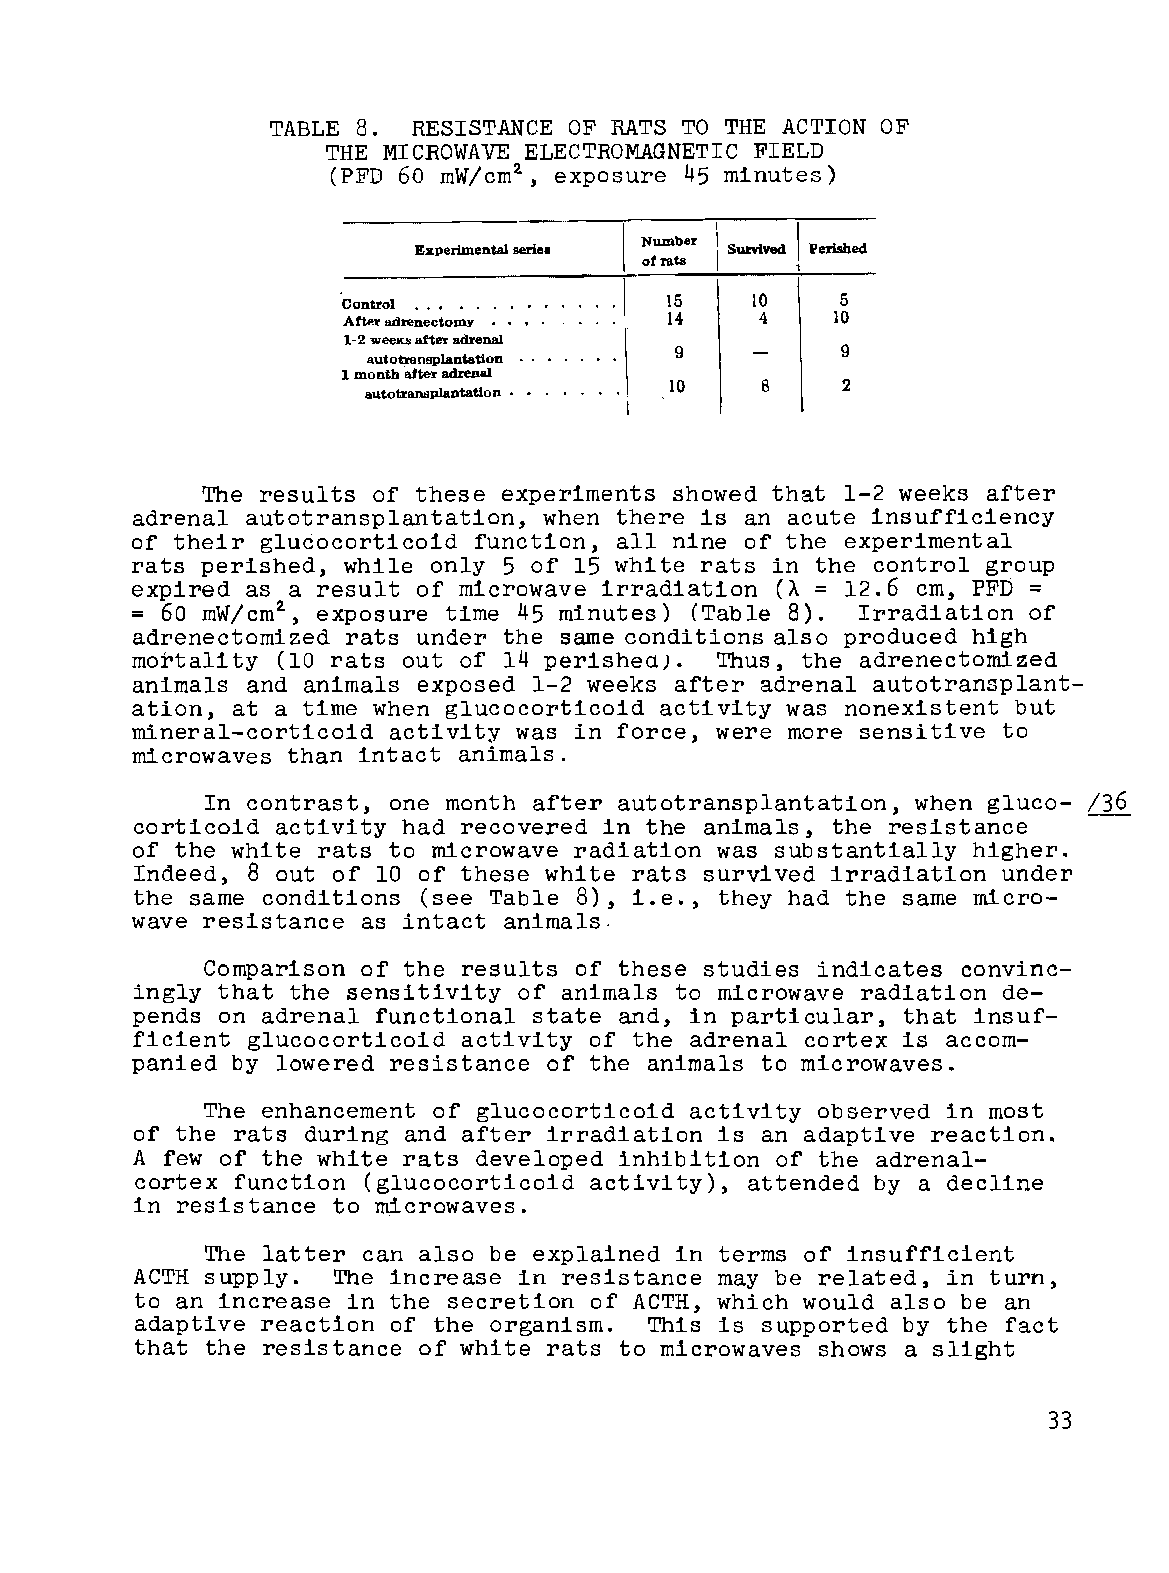
TABLE 8. RESISTANCE OF RATS TO THE ACTION OF
 THE MICROWAVE ELECTROMAGNETIC FIELD
 (PFD 60 mW/cm2, exposure 45 minutes)
 Experimental series Number \ Survived 1 Perished
 of rats
 Control ... .        15    10    5
 Afte~ adreneetolllY  14    4    10
 1-2 weeQ after adrenal ..
 9          9
 autotransplantation
 1 month idter adrenal
 10     8    2
 autotransplantation •
 I
 The results of these experiments showed that 1-2 weeks after
 adrenal autotransplantation, when there is an acute insufficiency
 of their glucocorticoid function, all nine of the experimental
 rats perished, while only 5 of 15 white rats in the control group
 expired as a result of microwave irradiation (A = 12.6 cm, PFD =
 = 60 mW/cm2, exposure time 45 minutes) (Table 8). Irradiation of
 adrenectomized rats under the same conditions also produced high
 mortality (10 rats out of 14 perished). Thus, the adrenectomized
 animals and animals exposed 1-2 weeks after adrenal autotransplant­
 ation, at a time when glucocorticoid activity was nonexistent but
 mineral-corticoid activity was in force, were more sensitive to
 microwaves than intact animals.
 In contrast, one month after autotransplantation, when gluco- /36
 corticoid activity had recovered in the animals, the resistance
 of the white rats to microwave radiation was substantially higher.
 Indeed, 8 out of 10 of these white rats survived irradiation under
 the same conditions (see Table 8), i.e., they had the same micro­
 wave resistance as intact animals.
 Comparison of the results of these studies indicates convinc­
 ingly that the sensitivity of animals to microwave radiation de­
 pends on adrenal functional state and, in particular, that insuf­
 ficient glucocorticoid activity of the adrenal cortex is accom­
 panied by lowered resistance of the animals to microwaves.
 The enhancement of glucocorticoid activity observed in most
 of the rats during and after irradiation is an adaptive reaction.
 A few of the white rats developed inhibition of the adrenal­
 cortex function (glucocorticoid activity), attended by a decline
 in resistance to microwaves.
 The latter can also be explained in terms of insufficient
 ACTH supply. The increase in resistance may be related, in turn,
 to an increase in the secretion of ACTH, which would also be an
 adaptive reaction of the organism. This is supported by the fact
 that the resistance of white rats to microwaves shows a slight
 33